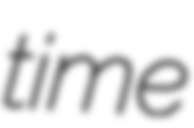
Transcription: time